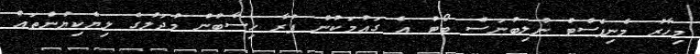
މިހާރު މެނިފެސްޓް ނުލިބުނަސް ބޯޓު އެ ގައުމަކުން ފުރާ ހިސާބުން މުދަލުގެ ލިޔެކިޔުންތައް